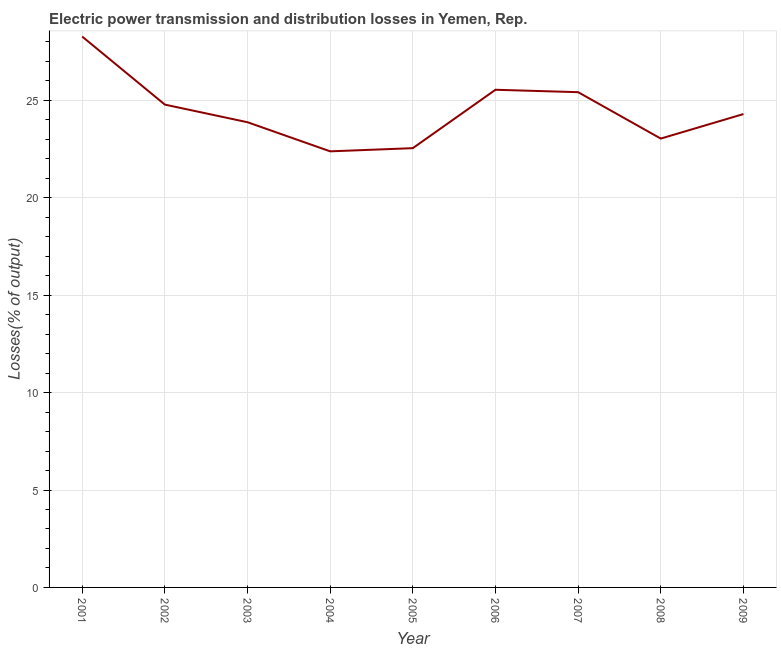
| Year | Electric power transmission and distribution losses |
 | --- | --- |
 | 2001 | 28.3 |
 | 2002 | 24.8 |
 | 2003 | 23.9 |
 | 2004 | 22.4 |
 | 2005 | 22.5 |
 | 2006 | 25.5 |
 | 2007 | 25.4 |
 | 2008 | 23 |
 | 2009 | 24.3 |